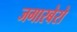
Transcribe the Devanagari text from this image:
जगारबेरो